Report on sanitation, dispensaries, and jails in Rajputana for 1917, and on vaccination for the year 1917-1918 - 1917-1918
Year: 1917
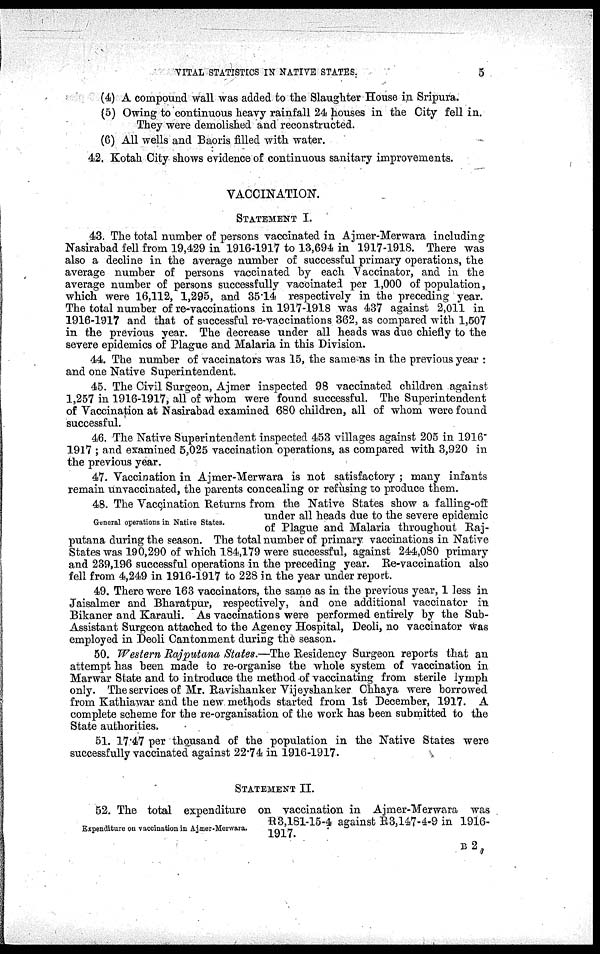
VITAL STATISTICS IN NATIVE STATES.
5
(4) A compound wall was added to the Slaughter House in Sripura.
(5) Owing to continuous heavy rainfall 24 houses in the City fell in.
They were demolished and reconstructed.
(6) All wells and Baoris filled with water.
42. Kotah City shows evidence of continuous sanitary improvements.
VACCINATION.
STATEMENT I.
43. The total number of persons vaccinated in Ajmer-Merwara including
Nasirabad fell from 19,429 in 1916-1917 to 13,694 in 1917-1918. There was
also a decline in the average number of successful primary operations, the
average number of persons vaccinated by each Vaccinator, and in the
average number of persons successfully vaccinated per 1,000 of population,
which were 16,112, 1,295, and 35.14 respectively in the preceding year.
The total number of re-vaccinations in 1917-1918 was 437 against 2,011 in
1916-1917 and that of successful re-vaccinations 362, as compared with 1,507
in the previous year. The decrease under all heads was due chiefly to the
severe epidemics of Plague and Malaria in this Division.
44. The number of vaccinators was 15, the same as in the previous year :
and one Native Superintendent.
45. The Civil Surgeon, Ajmer inspected 98 vaccinated children against
1,257 in 1916-1917, all of whom were found successful. The Superintendent
of Vaccination at Nasirabad examined 680 children, all of whom were found
successful.
46. The Native Superintendent inspected 453 villages against 205 in 1916"
1917 ; and examined 5,025 vaccination operations, as compared with 3,920 in
the previous year.
47. Vaccination in Ajmer-Merwara is not satisfactory ; many infants
remain unvaccinated, the parents concealing or refusing to produce them.
General operations in Native States.
48. The Vaccination Returns from the Native States show a falling-off
under all heads due to the severe epidemic
of Plague and Malaria throughout Raj¬
putana during the season. The total number of primary vaccinations in Native
States was 190,290 of which 184,179 were successful, against 244,080 primary
and 239,196 successful operations in the preceding year. Re-vaccination also
fell from 4,249 in 1916-1917 to 228 in the year under report.
49. There were 163 vaccinators, the same as in the previous year, 1 less in
Jaisalmer and Bharatpur, respectively, and one additional vaccinator in
Bikaner and Karauli. As vaccinations were performed entirely by the Sub¬
Assistant Surgeon attached to the Agency Hospital, Deoli, no vaccinator was
employed in Deoli Cantonment during the season.
50. Western Rajputana States.—The Residency Surgeon reports that an
attempt has been made to re-organise the whole system of vaccination in
Marwar State and to introduce the method of vaccinating from sterile lymph
only. The services of Mr. Ravishanker Vijeyshanker Chhaya were borrowed
from Kathiawar and the new methods started from 1st December, 1917. A
complete scheme for the re-organisation of the work has been submitted to the
State authorities.
51. 17.47 per thousand of the population in the Native States were
successfully vaccinated against 22.74 in 1916-1917.
STATEMENT II.
52. The total expenditure on vaccination in Ajmer-Merwara was
R3,181-15-4 against R3,147-4-9 in 1916-
1917.
Expenditure on vaccination in Ajmer -Merwara.
B2